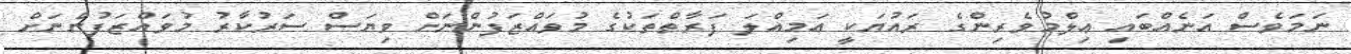
ނަމަވެސް އަނެއްބައި ޢިލްމުވެރިންގެ ރައުޔަކީ އަމިއްލަ ފަރާތްތަކުގެ މުވައްޒަފުންނަށް ވިޔަސް ސަރުކާރު މުވައްޒަފުންނަށް